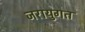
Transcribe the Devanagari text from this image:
जरायुगत